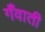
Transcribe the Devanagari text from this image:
गँवाती